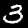
Label: 3